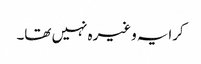
کرایہ وغیرہ نہیں تھا۔